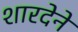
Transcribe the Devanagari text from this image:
शारदेने